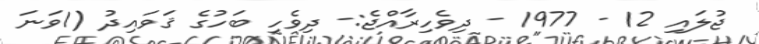
ޖުލައި 12 - 1977 - ދިވެހިރާއްޖެ:- ދިވެހި ބަހުގެ ޤަވައިދު (1ވަނަ